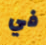
في